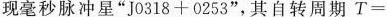
现毫秒脉冲星”J0318+0253”，其自转周期T=